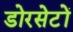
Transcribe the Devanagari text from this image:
डोरसेटों